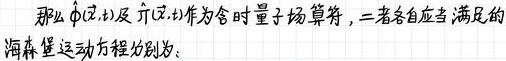
那么$\phi(x,t)$及$\dot{\phi}(x,t)$作为含时量子场算符，二者各自应当满足的海森堡运动方程分别为：